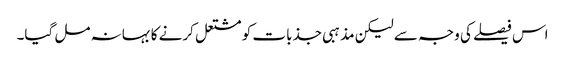
اس فیصلے کی وجہ سے لیکن مذہبی جذبات کو مشتعل کرنے کا بہانہ مل گیا۔